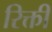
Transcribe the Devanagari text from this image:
रिक्ती